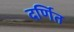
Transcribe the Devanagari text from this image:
दर्णित